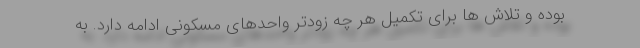
بوده و تلاش ها برای تکمیل هر چه زودتر واحدهای مسکونی ادامه دارد. به